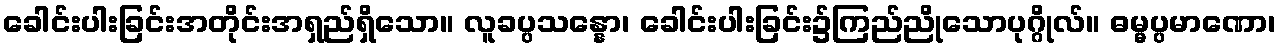
ခေါင်းပါးခြင်းအတိုင်းအရှည်ရှိသော။ လူခပ္ပသန္နော၊ ခေါင်းပါးခြင်း၌ကြည်ညိုသောပုဂ္ဂိုလ်။ ဓမ္မပ္ပမာဏော၊